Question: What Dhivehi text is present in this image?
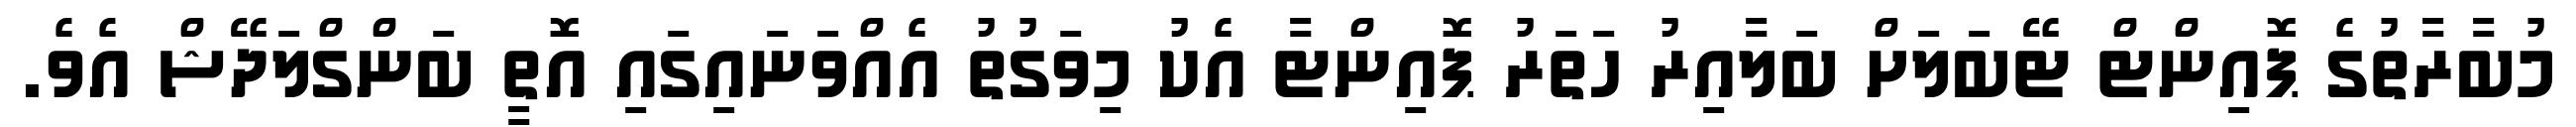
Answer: މުބާރާތުގެ ޕޮއިންޓް ޓޭބަލަށް ބަލާއިރު ހަތަރު ޕޮއިންޓާ އެކު މިވަގުތު އެއްވަނައިގައި އޮތީ ބަންގްލަދޭޝް އެވެ.